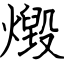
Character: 燬